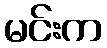
မင်းက